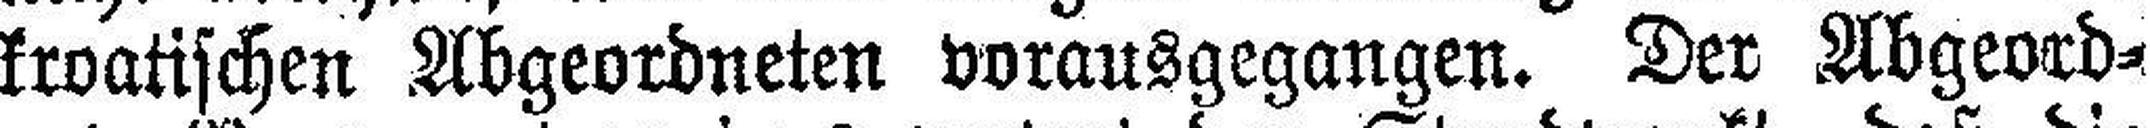
kroatischen Abgeordneten vorausgegangen. Der Abgeord¬